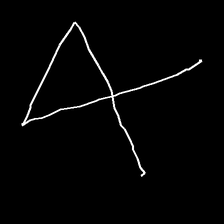
Glyph: collection